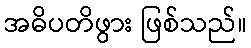
အဓိပတိဖွား ဖြစ်သည်။